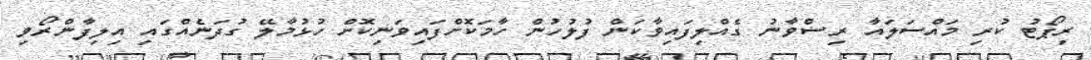
ރިޕޯޓު ކުރި މައްސަލައާ ރިޟްވާނު ގެއްލިފައިވާކަން ފުލުހުން ހާމަކޮށްފައިވަނިކޮށް ހުޅުމާލޭ ގުދަނެއްގައި އިލިފާންރޯވި